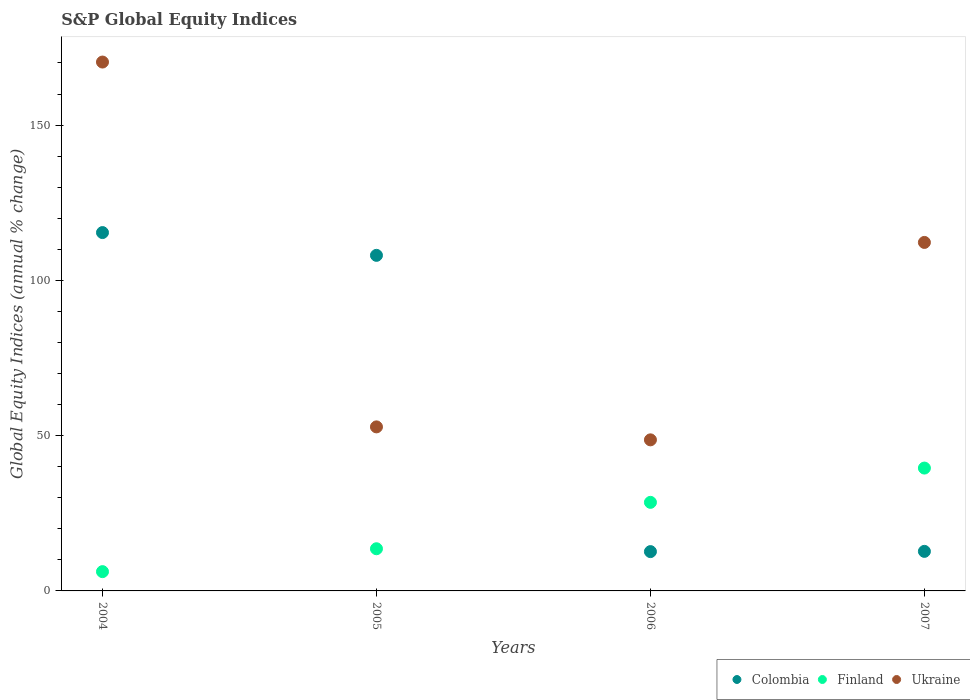
| Years | Colombia | Finland | Ukraine |
 | --- | --- | --- | --- |
 | 2004 | 115 | 6.21 | 170 |
 | 2005 | 108 | 13.6 | 52.8 |
 | 2006 | 12.7 | 28.5 | 48.6 |
 | 2007 | 12.7 | 39.6 | 112 |